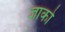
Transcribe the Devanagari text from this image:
ज्ञाको